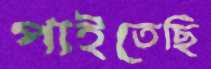
পাইতেছি